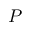
P